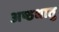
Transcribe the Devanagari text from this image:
अष्ठधातु